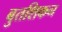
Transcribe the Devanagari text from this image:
बुतशिकन